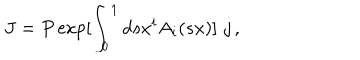
LaTeX: J = P \exp [ \int _ { 0 } ^ { 1 } d s x ^ { i } A _ { i } ( s x ) ] \, \, j \, ,